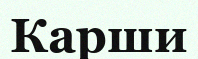
Карши